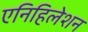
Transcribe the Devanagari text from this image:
एनिहिलेशन